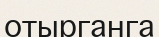
отырганга